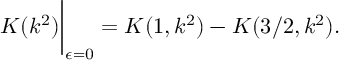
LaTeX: K ( k ^ { 2 } ) \bigg | _ { \epsilon = 0 } = K ( 1 , k ^ { 2 } ) - K ( 3 / 2 , k ^ { 2 } ) .